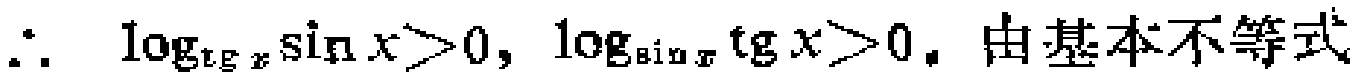
\(\therefore \log_{\tg x}\sin x>0,\log_{\sin x}\tg x > 0.\) 由基本不等式